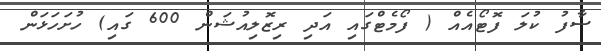
ސާފު ކުލަ ފޮޓޯއެއް ( ފޯމެޓްގައި އަދި ރިޒޮލިއުޝަން 600 ގައި) ހުށަހަޅަން